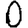
Digit: 0